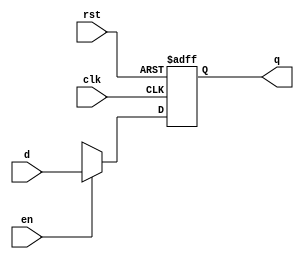
module register_pc(q, d, en, clk, rst);

  output reg [31:0] q;
  input      [31:0] d;
  input             en, clk, rst;

  initial begin
    q <= 32'b0;
  end

  always @(posedge clk or negedge rst) begin
      if (rst == 0) begin
        q <= 32'b0;
      end
      else if (en == 1) begin
        q <= d;
      end
      else begin
        q <= 32'hxxxxxxxx;
      end
  end
endmodule